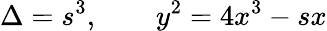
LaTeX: \Delta=s^{3},\qquad y^{2}=4x^{3}-sx